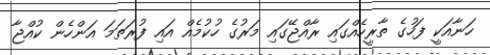
ހަނާއަކީ ފަހުގެ ތާރީހެއްގައި ރާއްޖޭގައި މަރުގެ ހުކުމެއް އައި ފުރަތަމަ އަންހެން ކުއްޖާ